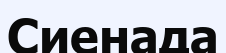
Сиенада